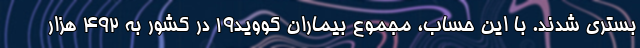
بستری شدند. با این حساب، مجموع بیماران کووید۱۹ در کشور به ۴۹۲ هزار